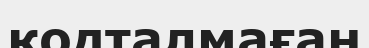
кодталмаған